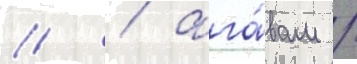
// / ага́вам /